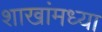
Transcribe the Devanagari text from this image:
शाखांमध्या